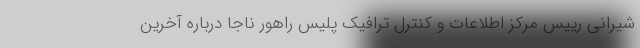
شیرانی رییس مرکز اطلاعات و کنترل ترافیک پلیس راهور ناجا درباره آخرین